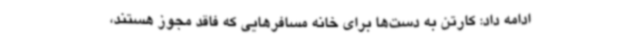
ادامه داد: کارتن به دست‌ها برای خانه مسافرهایی که فاقد مجوز هستند،